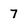
Character: 7